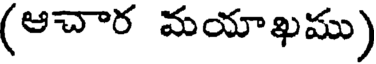
(ఆచార మయాఖము)